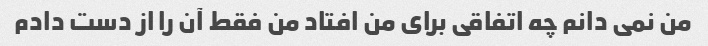
من نمی دانم چه اتفاقی برای من افتاد من فقط آن را از دست دادم